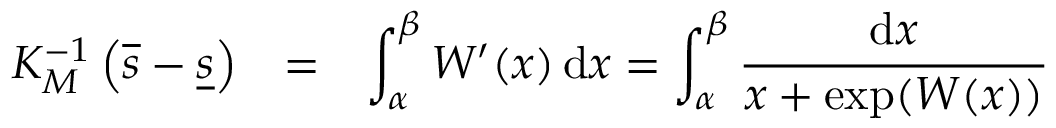
\begin{array} { r c l } { K _ { M } ^ { - 1 } \left( \overline { { s } } - \underline { { s } } \right) } & { = } & { \displaystyle \int _ { \alpha } ^ { \beta } W ^ { \prime } ( x ) \, \mathrm { d } x = \int _ { \alpha } ^ { \beta } \frac { \mathrm { d } x } { x + \exp ( W ( x ) ) } } \end{array}